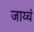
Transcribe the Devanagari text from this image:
जाय्चं